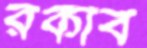
রকীব